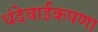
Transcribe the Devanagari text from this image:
धंदेवाईकपणा